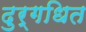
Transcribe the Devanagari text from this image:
दुर्गधित